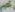
تكميم